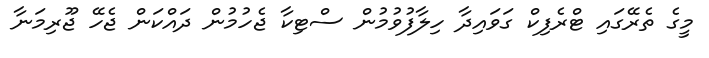
މީގެ ތެރޭގައި ޓްރެފިކް ގަވައިދާ ހިލާފުވުމުން ސްޓިކާ ޖެހުމުން ދައްކަން ޖެހޭ ޖޫރިމަނާ